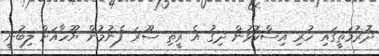
ދޮރުމަތީގައި ހުރި އިސްކޮޅުން ދިގު އެ ރީތި ސޫރަ ފެނުމުން ޔޫހާއަށް ލިބުނީ